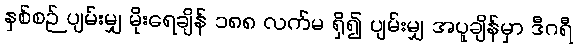
နှစ်စဉ် ပျမ်းမျှ မိုးရေချိန် ၁၈၈ လက်မ ရှိ၍ ပျမ်းမျှ အပူချိန်မှာ ဒီဂရီ